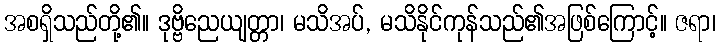
အစရှိသည်တို့၏။ ဒုဗ္ဗိညေယျတ္တာ၊ မသိအပ်, မသိနိုင်ကုန်သည်၏အဖြစ်ကြောင့်။ ဇရာ၊